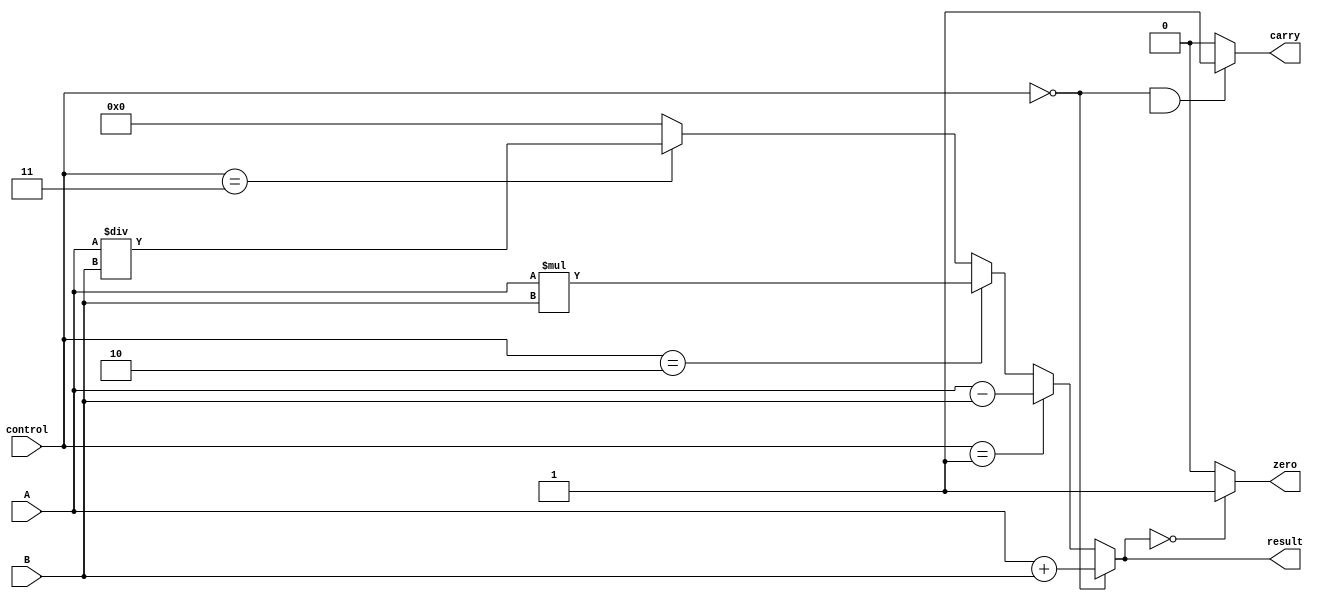
module ALU (
    input [3:0] A,
    input [3:0] B,
    input [1:0] control,
    output [3:0] result,
    output carry,
    output zero
);

// Define arithmetic operations
parameter ADD = 2'b00;
parameter SUB = 2'b01;
parameter MUL = 2'b10;
parameter DIV = 2'b11;

// Define arithmetic blocks
assign result = (control == ADD) ? A + B :
                (control == SUB) ? A - B :
                (control == MUL) ? A * B :
                (control == DIV) ? A / B : 4'b0;

// Check for carry and zero flags
assign carry = (control == ADD && (result[4] == 1)) ? 1'b1 : 1'b0;
assign zero = (result == 4'b0) ? 1'b1 : 1'b0;

endmodule